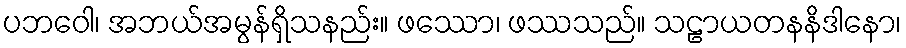
ပဘဝေါ၊ အဘယ်အမွန်ရှိသနည်း။ ဖဿော၊ ဖဿသည်။ သဠာယတနနိဒါနော၊